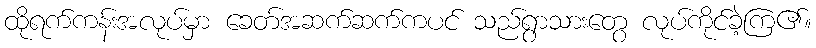
ထိုရက်ကန်းအလုပ်မှာ ခေတ်အဆက်ဆက်ကပင် သည်ရွာသားတွေ လုပ်ကိုင်ခဲ့ကြ၏။